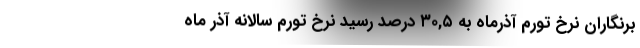
برنگاران نرخ تورم آذرماه به ٣٠,٥ درصد رسید نرخ تورم سالانه آذر ماه